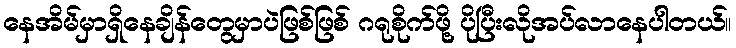
နေအိမ်မှာရှိနေချိန်တွေမှာပဲဖြစ်ဖြစ် ဂရုစိုက်ဖို့ ပိုပြီးလိုအပ်လာနေပါတယ်။